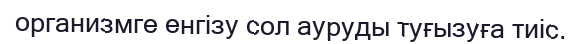
организмге енгізу сол ауруды туғызуға тиіс.